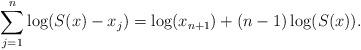
LaTeX: \begin{align*}\sum_{j=1}^n\log(S(x) - x_j) =\log(x_{n+1}) + (n-1)\log(S(x)).\end{align*}